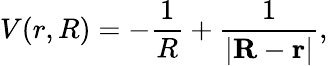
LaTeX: V(r,R)=-\frac 1R+\frac 1{|\mathbf{R}-\mathbf{r}|},